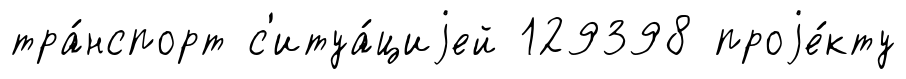
тра́нспорт с'итуа́циjей 129398 проjе́кту